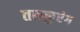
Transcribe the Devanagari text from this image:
तरुकुरंग